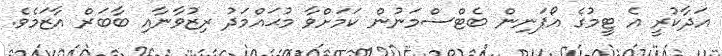
އަދާކުރީ އެ ޓީމުގެ އޯޕަނިން ބެޓްސްމަނުން ކަމަށްވާ މުޙައްމަދު ރިޒުވާނާއި ބާބަރް އާޒަމެވެ.